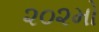
૨૦૨મો